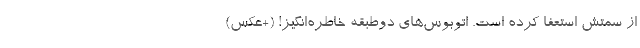
از سمتش استعفا کرده است. اتوبو‌س‌های دوطبقه‌ خاطره‌انگیز! (+عکس)